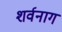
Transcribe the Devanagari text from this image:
शर्वनाग